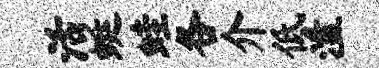
活蜓蛙各介低溘